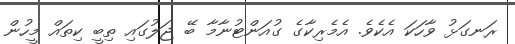
ރަނގަޅު ވާހަކަ އެކެވެ. އެމެރިކާގެ ގުއަންޓުނާމާ ބޭ ޖަލުގައި ތިބީ ކިތައް މީހުން